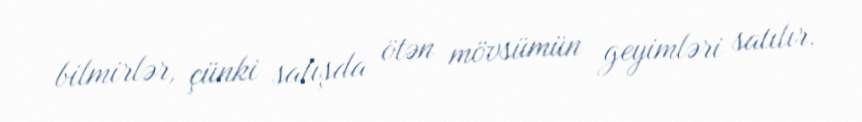
bilmirlər, çünki satışda ötən mövsümün geyimləri satılır.